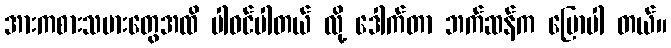
အားကစားသမားတွေအထိ ပါဝင်ပါတယ် လို့ ဒေါက်တာ ဘက်ဆန်က ပြောပါ တယ်။